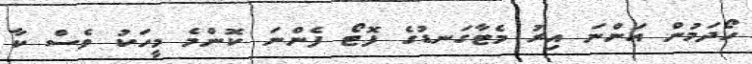
ހޯދަމުން އަންނަ އިރު މެޓާގަނޑުގެ ފޮޓޯ ފެންނަ ކޮންމެ މީހަކު ވެސް ކާ